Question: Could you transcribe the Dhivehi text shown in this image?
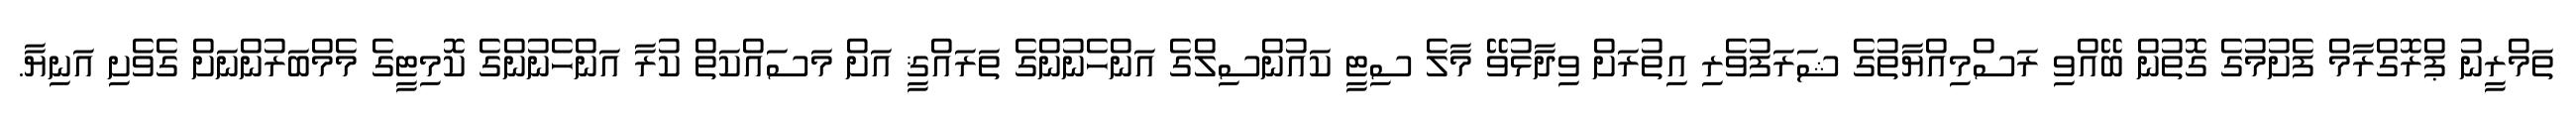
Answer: ތަމްރީނު ޕްރޮގްރާމް ފެށުމުގެ ގޮތުން ބޭއްވި ރަސްމިއްޔާތުގެ ޝަރަފުވެރި އިތުރަށް ވިދާޅުވޭ މާލެ ސިޓީ ކައުންސިލްގެ އަންހެނުންގެ ތަރައްޤީ އަށް މަސައްކަތް ކުރާ އަންހެނުންގެ ކޮމިޓީގެ މެމްބަރުންނަށް ގެވެށި އަނިޔާ.